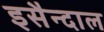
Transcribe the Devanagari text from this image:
इसैन्दाल